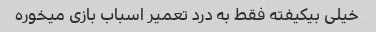
خیلی بیکیفته فقط به درد تعمیر اسباب بازی میخوره